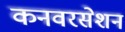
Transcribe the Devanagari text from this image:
कनवरसेशन